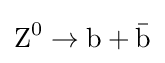
\mathrm {Z} ^{0}\to \mathrm {b} +{\bar {\mathrm {b} }}